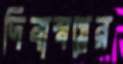
দিবাস্বপ্নের